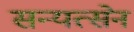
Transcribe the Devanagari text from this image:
सन्यत्सेन